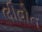
લીવોન